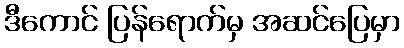
ဒီကောင် ပြန်ရောက်မှ အဆင်ပြေမှာ